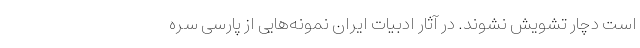
است دچار تشویش نشوند. در آثار ادبیات ایران نمونه‌هایی از پارسی سره